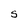
Character: s